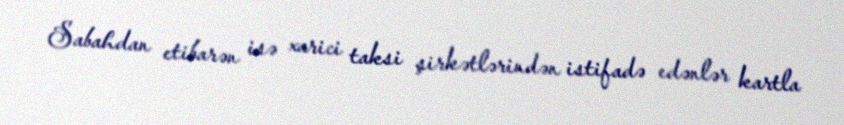
Sabahdan etibarən isə xarici taksi şirkətlərindən istifadə edənlər kartla